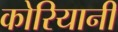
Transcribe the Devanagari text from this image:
कोरियानी